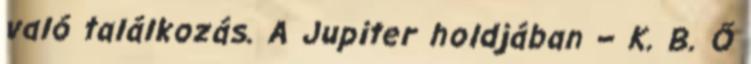
való találkozás. A Jupiter holdjában – K. B. Ő